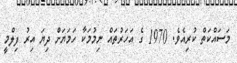
މަސައްކަތް ކުރިއެވެ. 1970 ގެ އަހަރުތައް ނިމުމަކާ ހަމަޔަށް ދިޔަ އިރު ފިލްމީ